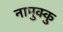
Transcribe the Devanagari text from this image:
नामुक्कु